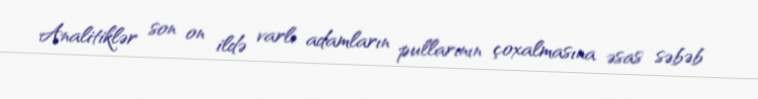
Analitiklər son on ildə varlı adamların pullarının çoxalmasına əsas səbəb